Annual report on the Civil Veterinary Department, Burma (including the Insein Veterinary School) - 1910-1922
Year: 1910
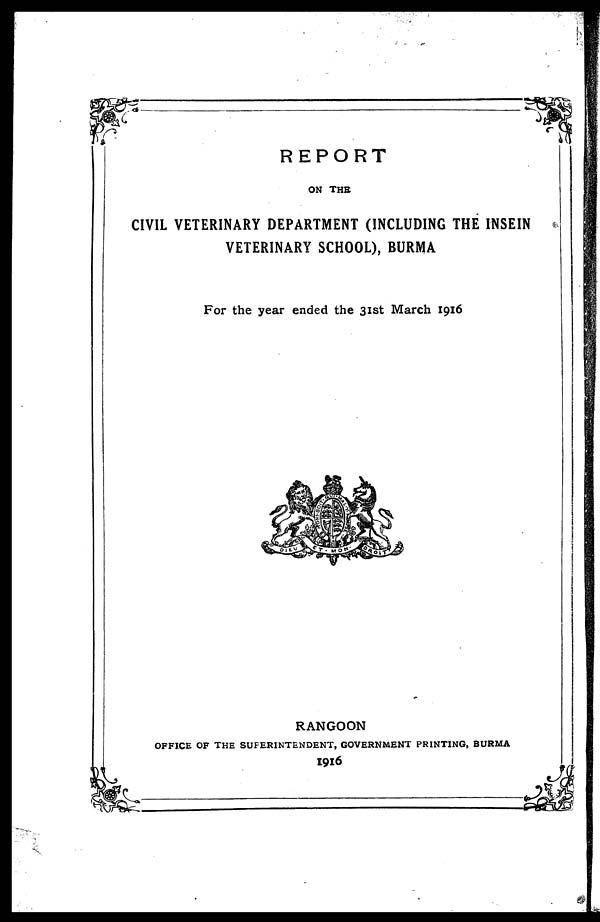
REPORT
ON THE
CIVIL VETERINARY DEPARTMENT (INCLUDING THE INSEIN
VETERINARY SCHOOL), BURMA
For the year ended the 31st March 1916
RANGOON
OFFICE OF THE SUPERINTENDENT, GOVERNMENT PRINTING, BURMA
19l6